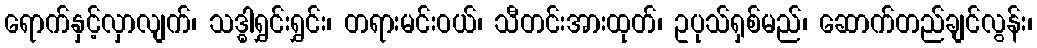
ရောက်နှင့်လှာလျက်၊ သဒ္ဓါရွှင်းရွှင်း၊ တရားမင်းဝယ်၊ သီတင်းအားထုတ်၊ ဥပုသ်ရှစ်မည်၊ ဆောက်တည်ချင်လွန်း၊